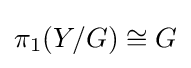
\pi _{1}(Y/G)\cong G